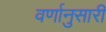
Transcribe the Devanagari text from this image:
वर्णानुसारी